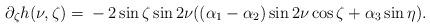
LaTeX: \begin{align*}\partial_\zeta h(\nu,\zeta) ={}&-2 \sin\zeta \sin 2\nu ( (\alpha_1 - \alpha_2) \sin 2\nu \cos \zeta+\alpha_3 \sin \eta ).\end{align*}